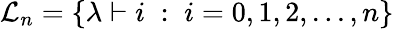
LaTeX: {\cal L}_{n}=\{ \lambda\vdash i\; :\; i=0,1,2,...,n\}